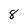
Character: 8